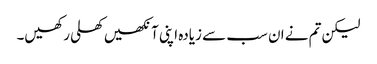
لیکن تم نے ان سب سے زیادہ اپنی آنکھیں کھلی رکھیں۔